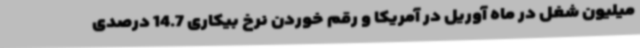
میلیون شغل در ماه آوریل در آمریکا و رقم خوردن نرخ بیکاری 14.7 درصدی